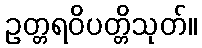
ဥတ္တရဝိပတ္တိသုတ်။